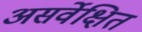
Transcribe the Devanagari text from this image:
असर्वेक्षित